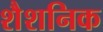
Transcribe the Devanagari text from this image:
शैशनिक